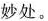
妙处。